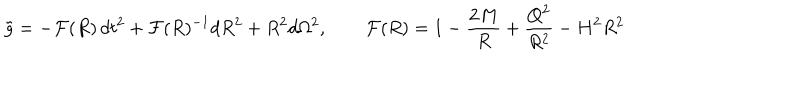
LaTeX: \tilde { g } = - { \cal F } ( R ) \, d t ^ { 2 } + { \cal F } ( R ) ^ { - 1 } d R ^ { 2 } + R ^ { 2 } d \Omega ^ { 2 } , \qquad { \cal F } ( R ) = 1 - \frac { 2 M } { R } + \frac { Q ^ { 2 } } { R ^ { 2 } } - H ^ { 2 } R ^ { 2 }